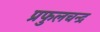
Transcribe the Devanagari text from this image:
प्रफुलचन्द्र